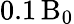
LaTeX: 0.1\, \mathrm{B}_{0}